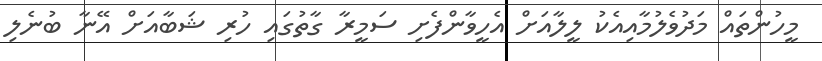
މީހުންތައް މަދުވެލުމާއިއެކު ލީލާއަށް އެހީވާންފެށި ސަމީރާ ގާތުގައި ހުރި ޝަބާއަށް އޭނާ ބުނެލި